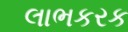
લાભકરક